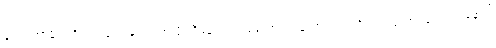
ဒေါက်တာမိက ဝိတ်ကလေးနှင့် ကစားဖို့ ညီမလေး တစ်ယောက် ယူလာတယ် သိလား၊ ကောင်ကောင်း နေရင်